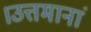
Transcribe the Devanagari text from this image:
।उत्तमानां